65_HS1-834228961_62-HQ-83894_Section_5
Agency: FBI
Page 35
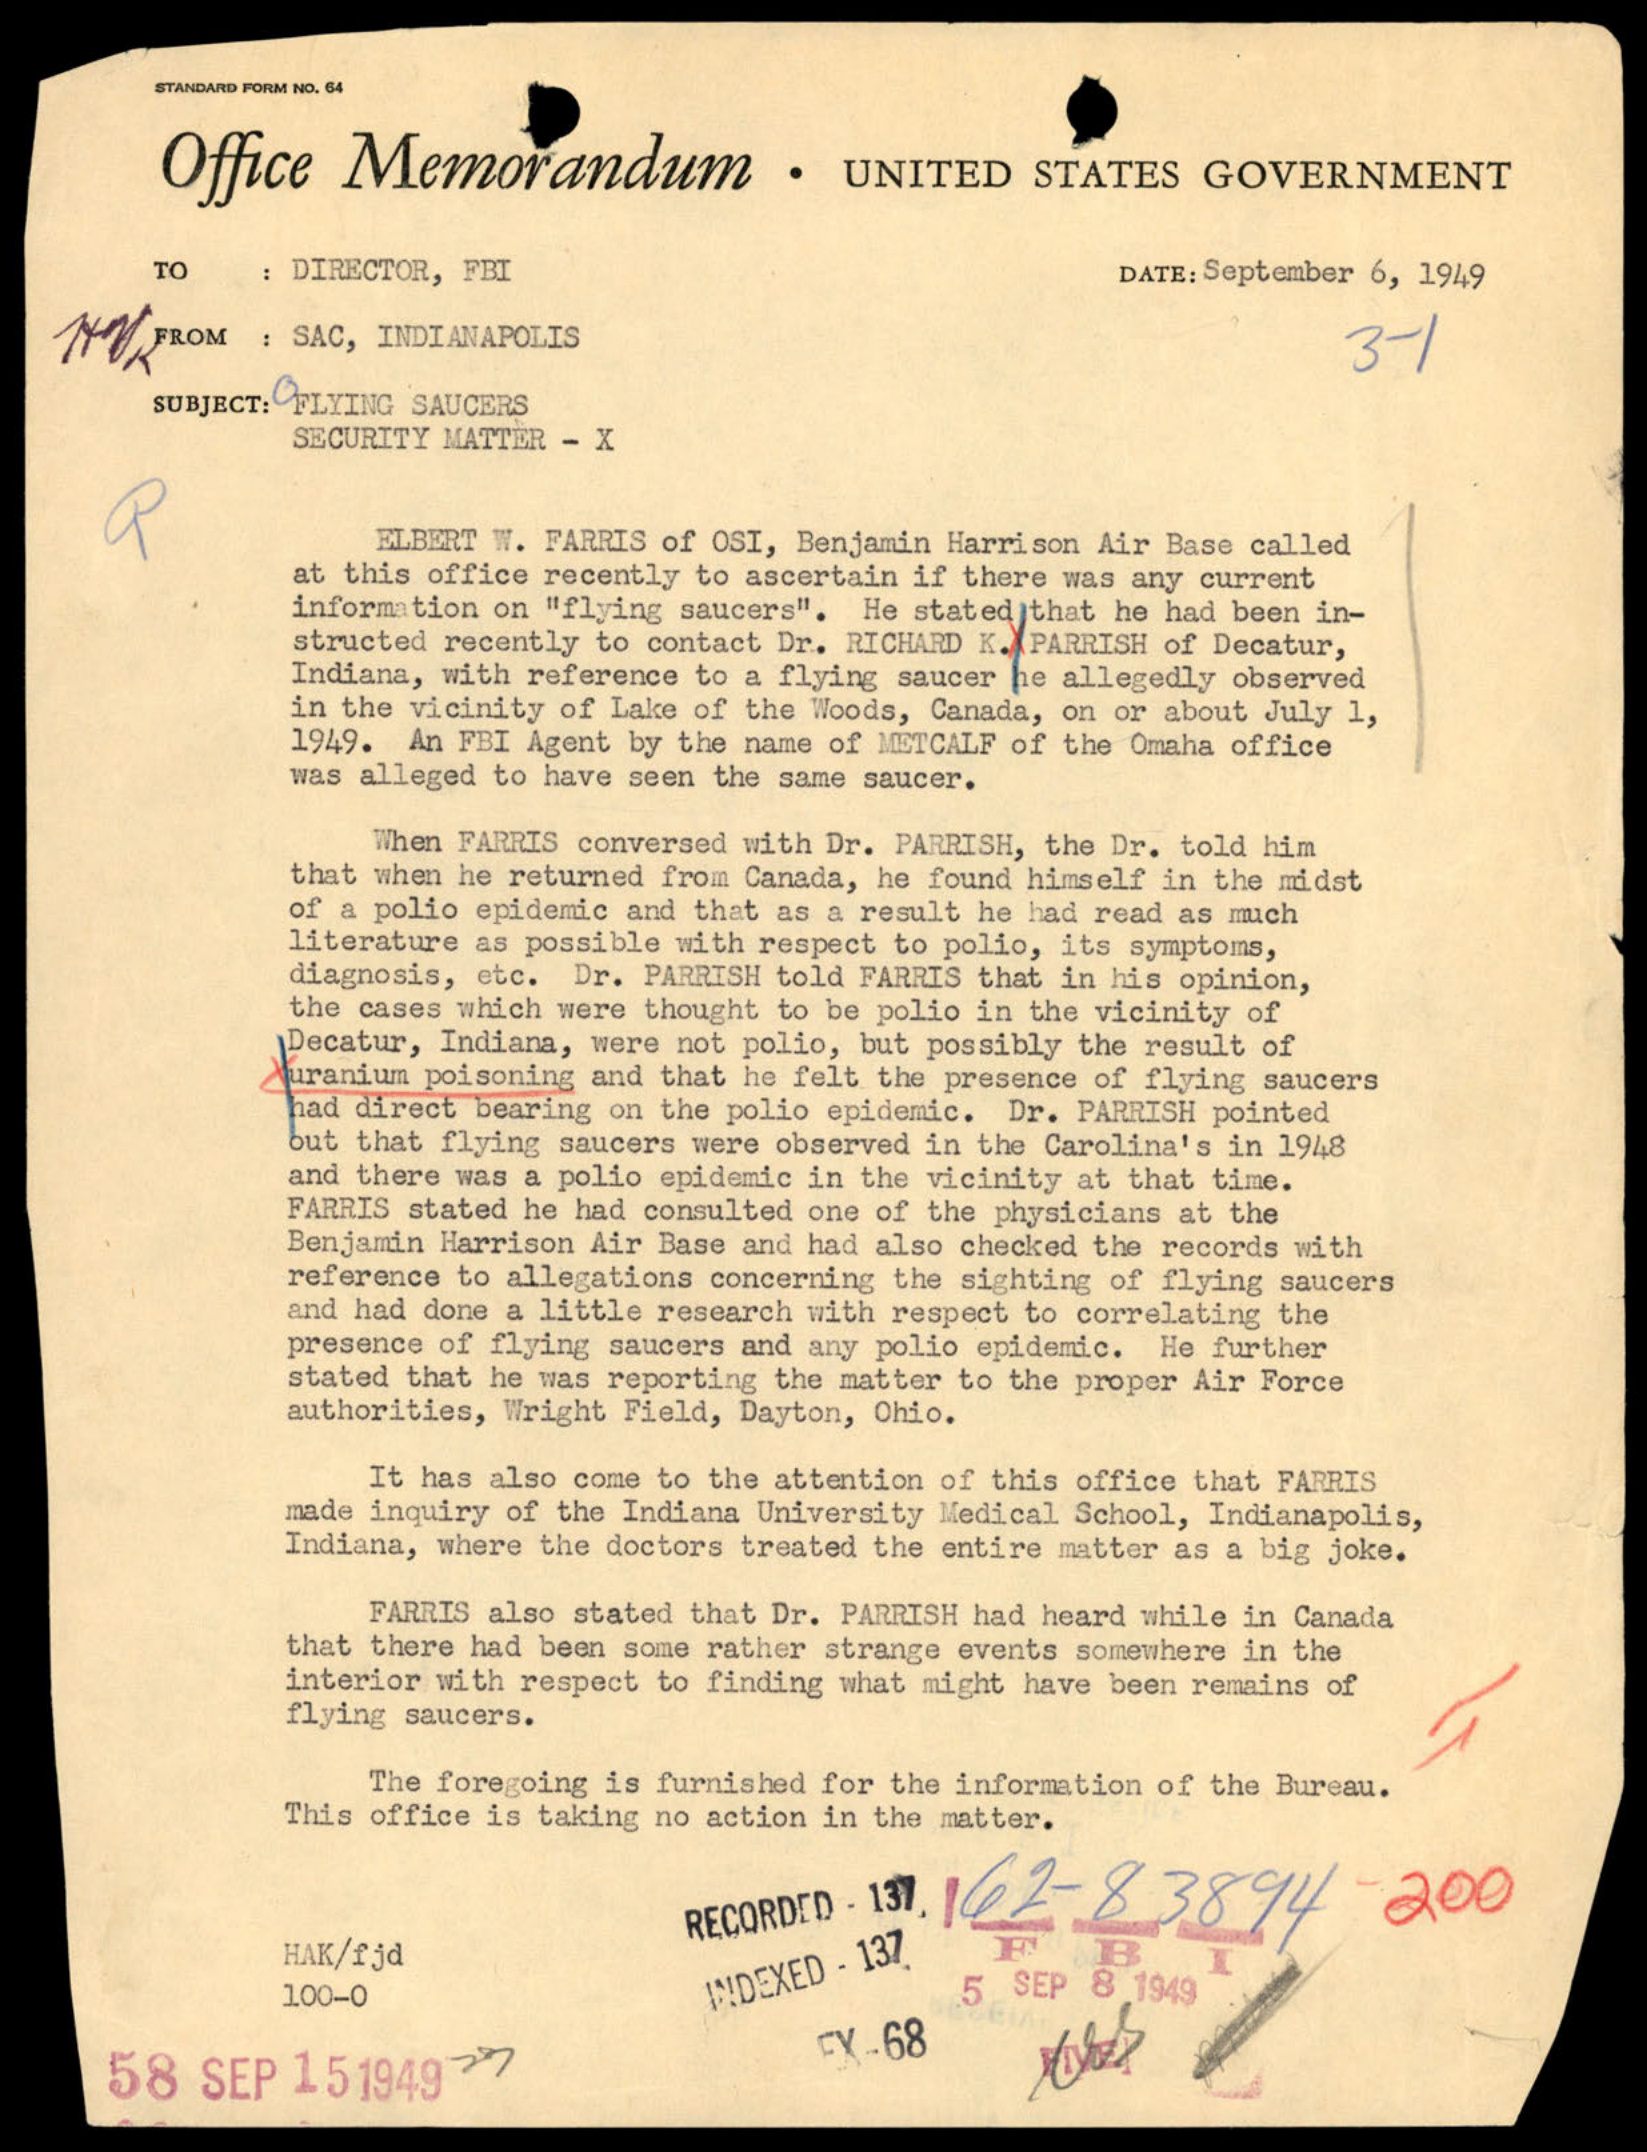